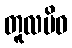
တူလမိဝ